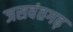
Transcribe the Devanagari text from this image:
जसवंतगढ़